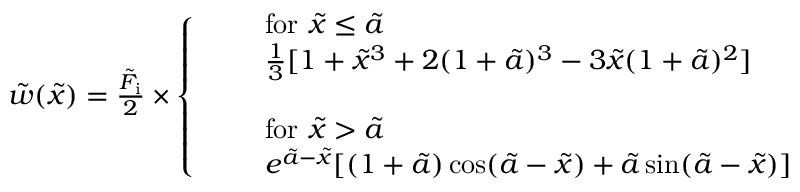
\begin{array} { r } { \tilde { w } ( \tilde { x } ) = \frac { \tilde { F } _ { \mathrm { i } } } { 2 } \times \left\{ \begin{array} { l l } & { \mathrm { f o r ~ } \tilde { x } \leq \tilde { a } } \\ & { \frac { 1 } { 3 } [ 1 + \tilde { x } ^ { 3 } + 2 ( 1 + \tilde { a } ) ^ { 3 } - 3 \tilde { x } ( 1 + \tilde { a } ) ^ { 2 } ] } \\ { \quad } \\ & { \mathrm { f o r ~ } \tilde { x } > \tilde { a } } \\ & { e ^ { \tilde { a } - \tilde { x } } [ ( 1 + \tilde { a } ) \cos ( \tilde { a } - \tilde { x } ) + \tilde { a } \sin ( \tilde { a } - \tilde { x } ) ] } \end{array} \right. } \end{array}